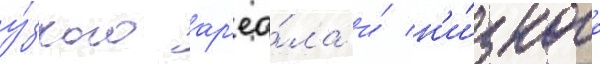
у́зкого ар'еа́ла и́ н'и́зкого